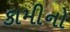
કામીનો